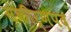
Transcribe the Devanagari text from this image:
संकीर्णपद